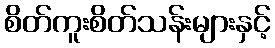
စိတ်ကူးစိတ်သန်းများနှင့်